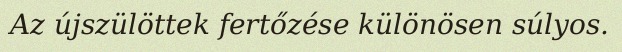
Az újszülöttek fertőzése különösen súlyos.